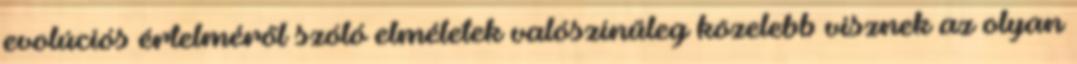
evolúciós értelméről szóló elméletek valószínűleg közelebb visznek az olyan